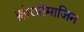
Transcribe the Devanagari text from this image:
क्लोरप्रोमाजिन